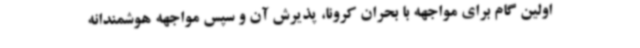
اولین گام برای مواجهه با بحران کرونا، پذیرش آن و سپس مواجهه هوشمندانه